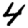
Digit: 4